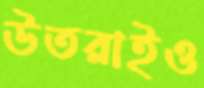
উতরাইও